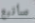
سأتبع